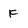
Character: F